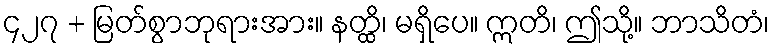
၄၂၇ + မြတ်စွာဘုရားအား။ နတ္ထိ၊ မရှိပေ။ ဣတိ၊ ဤသို့။ ဘာသိတံ၊